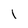
Character: L